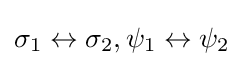
\sigma _{1}\leftrightarrow \sigma _{2},\psi _{1}\leftrightarrow \psi _{2}